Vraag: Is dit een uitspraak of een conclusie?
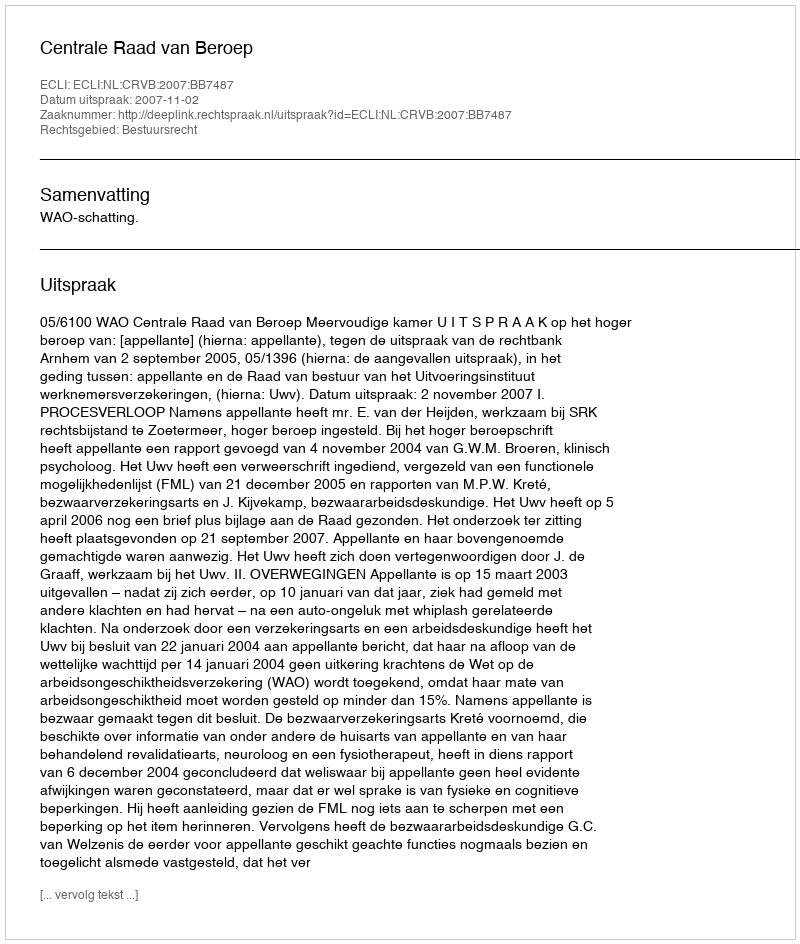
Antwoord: Uitspraak